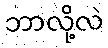
ဘာလို့လဲ